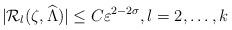
LaTeX: \begin{align*}|\mathcal R_l (\zeta,\widehat \Lambda) |\leq C \varepsilon^{2-2\sigma}, l=2,\ldots,k\end{align*}